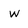
Character: w